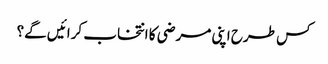
کس طرح اپنی مرضی کا انتخاب کرائیں گے؟